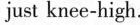
just knee-high.